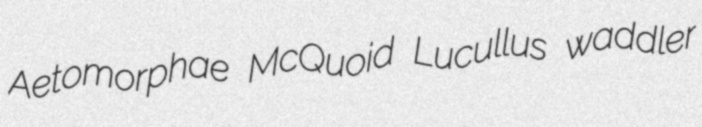
Aetomorphae McQuoid Lucullus waddler